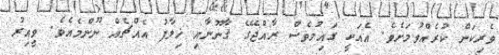
ވެރިކަން ކުރެއްވުމަށެވެ. އެއަކީ ގައިމުވެސް ރާއްޖޭގެ ޤާނޫނާއި ޚިލާފު އެއްޗެއް ނޫންމެއެވެ. ވީއިރު